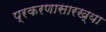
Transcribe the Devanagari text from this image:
प्रकरणासारख्या